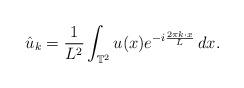
LaTeX: \begin{align*}\hat{u}_k = \frac{1}{L^2}\int_{\mathbb{T}^2} u(x) e^{-i\frac{2\pi k \cdot x}{L}} \, dx.\end{align*}